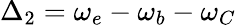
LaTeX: \Delta_{2}=\omega_{e}-\omega_{b}-\omega_{C}